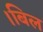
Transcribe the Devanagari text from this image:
।बिल